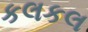
કલકલ